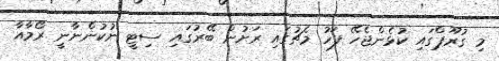
މި ގުރޫޕްގައި ކުޅެންޖެހޭ ފަހު މެޗުގައި ރަށުން ބޭރުގައި ސިޓީ ނުކުންނާނީ ރޯމާއާ